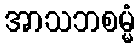
အာသဘစမ္မံ